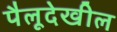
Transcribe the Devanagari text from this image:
पैलूदेखील